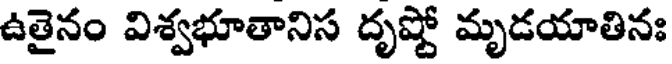
ఉతైనం విశ్వభూతానిస దృష్టో మృడయాతినః